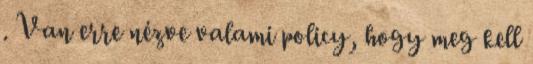
. Van erre nézve valami policy, hogy meg kell